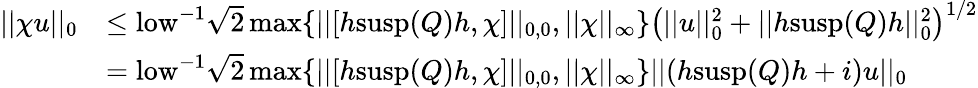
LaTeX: \begin{array}{rl}{||\chi u||_{0}}&{\leq\mathrm{low}^{-1}\sqrt{2}\operatorname*{max}\{ ||[h\mathrm{susp}(Q)h,\chi]||_{0,0},||\chi||_{\infty}\} \left(||u||_{0}^{2}+||h\mathrm{susp}(Q)h||_{0}^{2}\right)^{1/2}}\\ &{=\mathrm{low}^{-1}\sqrt{2}\operatorname*{max}\{ ||[h\mathrm{susp}(Q)h,\chi]||_{0,0},||\chi||_{\infty}\} ||(h\mathrm{susp}(Q)h+i)u||_{0}}\end{array}